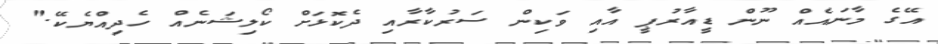
އޭގެ މާނައެއް ނޫން ޑީއާރުޕީ އާއި ވަކިން ސަރުކާރާއި ދެކޮޅަށް ކޯލިޝަނެއް ހެދިއްޔެކޭ."